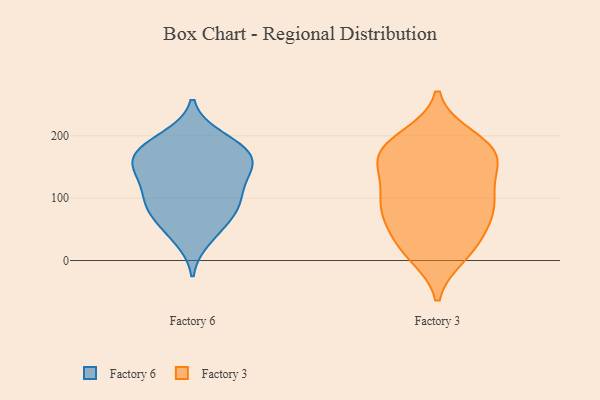
{"axis": {"x": "Conversion Rate (%)", "y": "Value"}, "legend": ["Factory 3", "Factory 6"], "data": [{"x": "", "y": 50, "type": "Factory 6"}, {"x": "", "y": 179, "type": "Factory 6"}, {"x": "", "y": 172, "type": "Factory 6"}, {"x": "", "y": 100, "type": "Factory 6"}, {"x": "", "y": 34, "type": "Factory 6"}, {"x": "", "y": 92, "type": "Factory 6"}, {"x": "", "y": 161, "type": "Factory 6"}, {"x": "", "y": 171, "type": "Factory 6"}, {"x": "", "y": 118, "type": "Factory 6"}, {"x": "", "y": 151, "type": "Factory 6"}, {"x": "", "y": 193, "type": "Factory 6"}, {"x": "", "y": 198, "type": "Factory 6"}, {"x": "", "y": 84, "type": "Factory 6"}, {"x": "", "y": 152, "type": "Factory 6"}, {"x": "", "y": 145, "type": "Factory 6"}, {"x": "", "y": 67, "type": "Factory 6"}, {"x": "", "y": 88, "type": "Factory 6"}, {"x": "", "y": 129, "type": "Factory 6"}, {"x": "", "y": 182, "type": "Factory 3"}, {"x": "", "y": 10, "type": "Factory 3"}, {"x": "", "y": 27, "type": "Factory 3"}, {"x": "", "y": 180, "type": "Factory 3"}, {"x": "", "y": 89, "type": "Factory 3"}, {"x": "", "y": 176, "type": "Factory 3"}, {"x": "", "y": 78, "type": "Factory 3"}, {"x": "", "y": 174, "type": "Factory 3"}, {"x": "", "y": 16, "type": "Factory 3"}, {"x": "", "y": 158, "type": "Factory 3"}, {"x": "", "y": 96, "type": "Factory 3"}, {"x": "", "y": 74, "type": "Factory 3"}, {"x": "", "y": 36, "type": "Factory 3"}, {"x": "", "y": 197, "type": "Factory 3"}, {"x": "", "y": 109, "type": "Factory 3"}, {"x": "", "y": 149, "type": "Factory 3"}, {"x": "", "y": 142, "type": "Factory 3"}, {"x": "", "y": 83, "type": "Factory 3"}]}